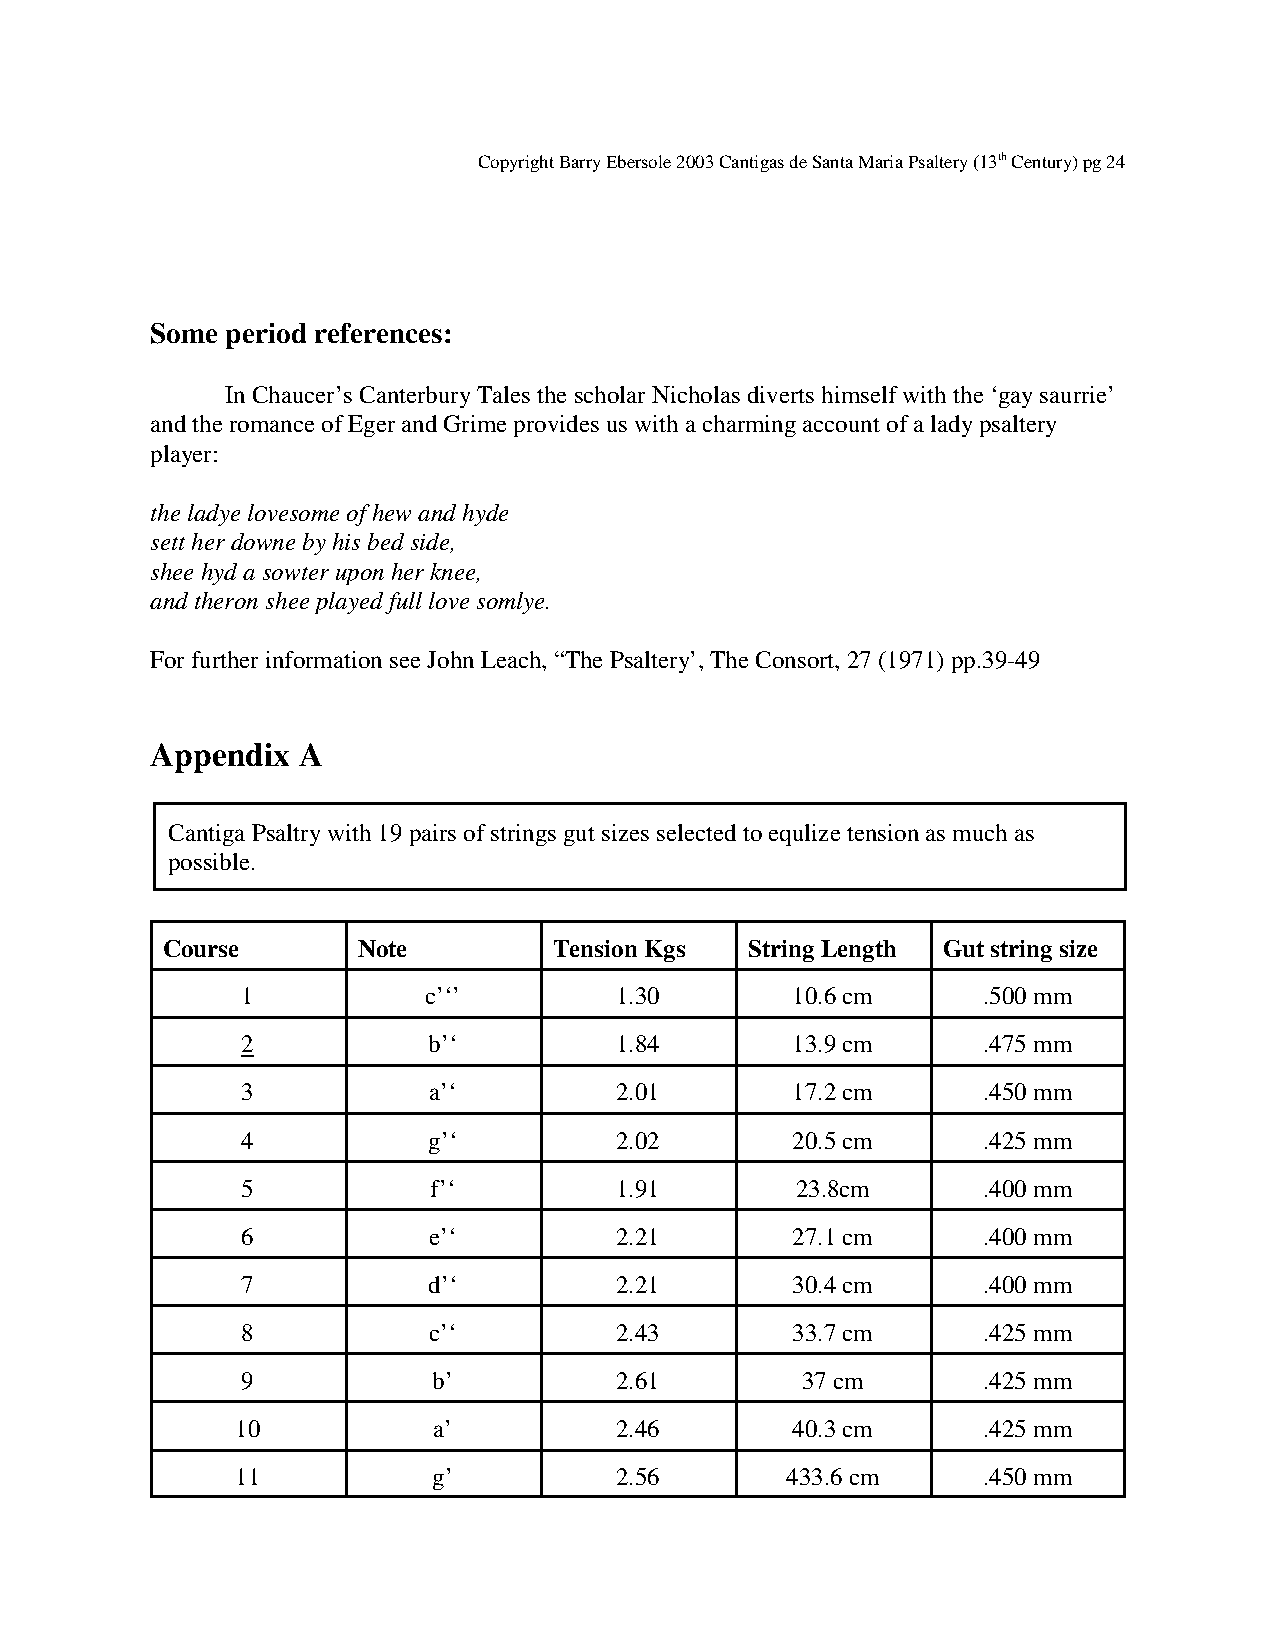
Copyright Barry Ebersole 2003 Cantigas de Santa Maria Psaltery (13th Century) pg 24
 Some period references:
 In Chaucer’s Canterbury Tales the scholar Nicholas diverts himself with the ‘gay saurrie’
 and the romance of Eger and Grime provides us with a charming account of a lady psaltery
 player:
 the ladye lovesome of hew and hyde
 sett her downe by his bed side,
 shee hyd a sowter upon her knee,
 and theron shee played full love somlye.
 For further information see John Leach, “The Psaltery’, The Consort, 27 (1971) pp.39-49
 Appendix  A
 Cantiga Psaltry with 19 pairs of strings gut sizes selected to equlize tension as much as
 possible.
 Course       Note         Tension Kgs String Length Gut string size
 1           c’‘’         1.30       10.6 cm      .500 mm
 2           b’‘          1.84       13.9 cm      .475 mm
 3           a’‘          2.01       17.2 cm      .450 mm
 4           g’‘          2.02       20.5 cm      .425 mm
 5           f’‘          1.91        23.8cm      .400 mm
 6           e’‘          2.21       27.1 cm      .400 mm
 7           d’‘          2.21       30.4 cm      .400 mm
 8           c’‘          2.43       33.7 cm      .425 mm
 9            b’          2.61        37 cm       .425 mm
 10           a’          2.46       40.3 cm      .425 mm
 11           g’          2.56       433.6 cm     .450 mm